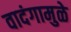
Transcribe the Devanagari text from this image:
वादंगामुळे